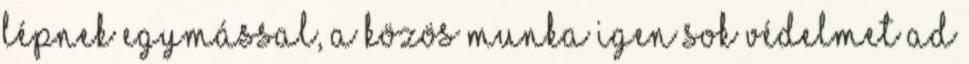
lépnek egymással, a közös munka igen sok védelmet ad